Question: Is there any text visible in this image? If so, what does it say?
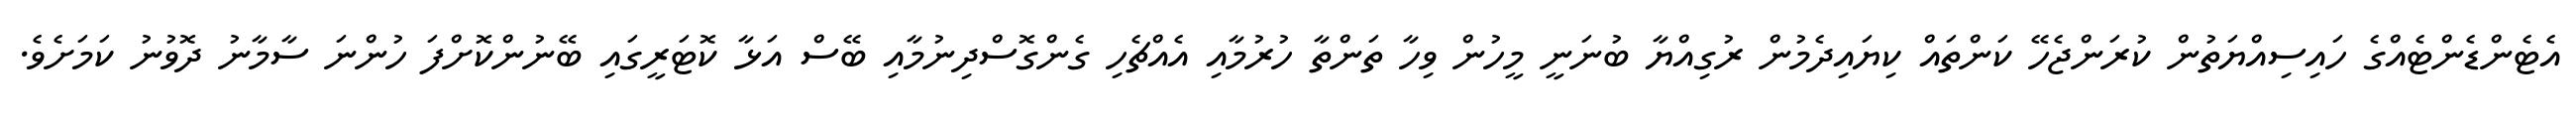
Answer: އެޓެންޑެންޓެއްގެ ހައިސިއްޔަތުން ކުރަންޖެހޭ ކަންތައް ކިޔައިދެމުން ރުގިއްޔާ ބުނަނީ މީހުން ވިހާ ތަންތާ ހުރުމާއި އެއްޗެހި ގެންގޮސްދިނުމާއި ބޭސް އަޅާ ކޮޓަރީގައި ބޭނުންކޮށްފަ ހުންނަ ސާމާނު ދޮވުނު ކަމަށެވެ.